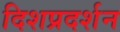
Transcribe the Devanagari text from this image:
दिशप्रदर्शन